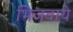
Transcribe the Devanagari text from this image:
भिजवाये